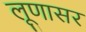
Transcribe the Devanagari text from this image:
लूणासर